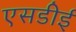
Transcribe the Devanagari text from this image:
एसडीई